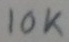
Text: 10K